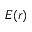
E ( r )